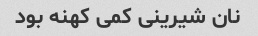
نان شیرینی کمی کهنه بود